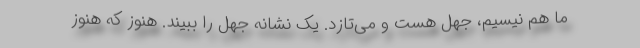
ما هم نیسیم، جهل هست و می‌تازد. یک نشانه جهل را ببیند. هنوز که هنوز